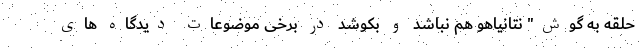
حلقه به گوش" نتانیاهو هم نباشد و بکوشد در برخی موضوعات دیدگاه های